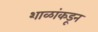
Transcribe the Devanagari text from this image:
शाळांकडून